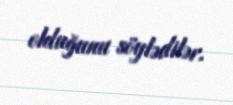
olduğunu söylədilər.